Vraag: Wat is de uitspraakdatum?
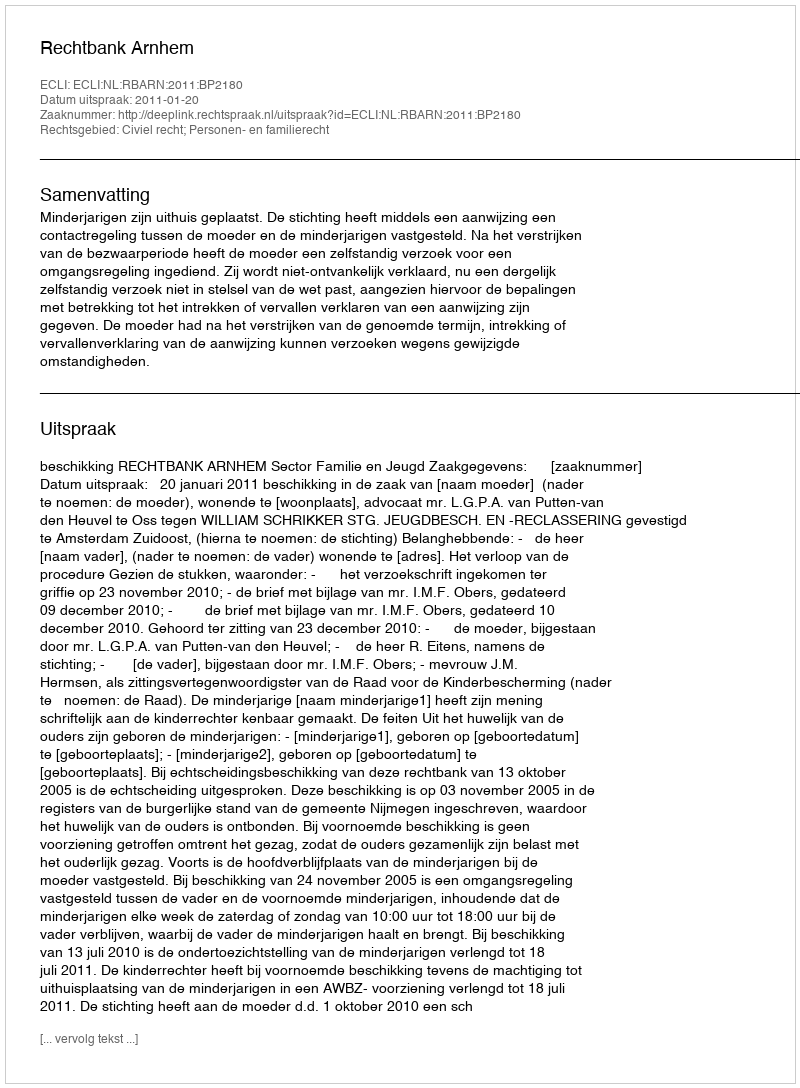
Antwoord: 2011-01-20